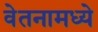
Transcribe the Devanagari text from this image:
वेतनामध्ये